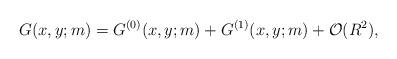
LaTeX: \begin{align*}G(x,y;m)=G^{(0)}(x,y;m)+G^{(1)}(x,y;m)+{\cal O}(R^{2}),\end{align*}